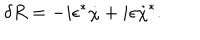
\delta R = - i \epsilon ^ { * } \dot { \chi } + i \epsilon \dot { \chi } ^ { * } .